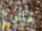
مانوع